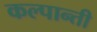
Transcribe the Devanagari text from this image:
कल्पान्ती